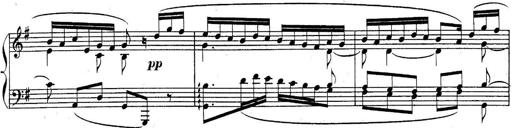
Title: Sonatina for Piano
Composer: BÃ©la BartÃ³k